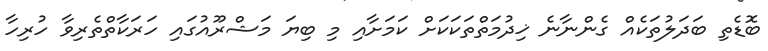
ބޮޑެތި ބަދަލުތަކެއް ގެންނާނެ ޚިދުމަތްތަކަކަށް ކަމަށާއި މި ބިޔަ މަޝްރޫއުގައި ހަރަކާތްތެރިވާ ހުރިހާ